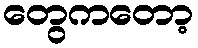
တွေကတော့